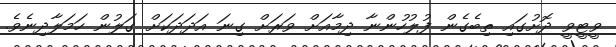
ވީޓީވީ ދޮށުގައި ތިބެގެން ފުލުހުންނާ ދިމާއަށް ވަރަށް ގިނަ އަދަދަކަށް ގަލުން ހަމަލާދިނެވެ.